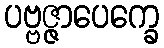
ပဗ္ဗဇ္ဇာပေက္ခေ